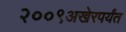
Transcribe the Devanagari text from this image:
२००९अखेरपर्यंत